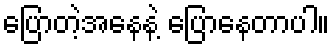
ပြောတဲ့အနေနဲ့ ပြောနေတာပါ။